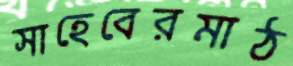
সাহেবেরমাঠ